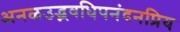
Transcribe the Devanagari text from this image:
अनळउद्भवधिपनंदनप्रिय